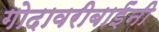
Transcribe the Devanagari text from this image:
गोदावरीबाईंनी